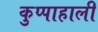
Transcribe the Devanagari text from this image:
कुप्पाहाली